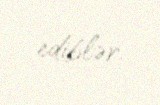
ediblər.